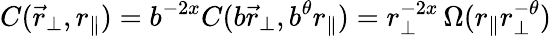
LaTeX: C(\vec{r}_{\perp},r_{\| })=b^{-2x}C(b\vec{r}_{\perp},b^{\theta}r_{\| })=r_{\perp}^{-2x}\, \Omega(r_{\| }r_{\perp}^{-\theta})